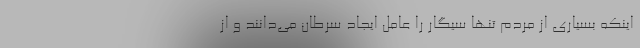
اینکه بسیاری از مردم تنها سیگار را عامل ایجاد سرطان می‌دانند و از